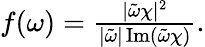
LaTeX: \begin{array}{r}{f(\omega)=\frac{|\tilde{\omega}\chi|^{2}}{|\tilde{\omega}|\operatorname{Im}\left(\tilde{\omega}\chi\right)}.}\end{array}